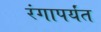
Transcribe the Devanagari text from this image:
रंगापर्यंत